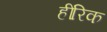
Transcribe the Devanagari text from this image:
हींरिक